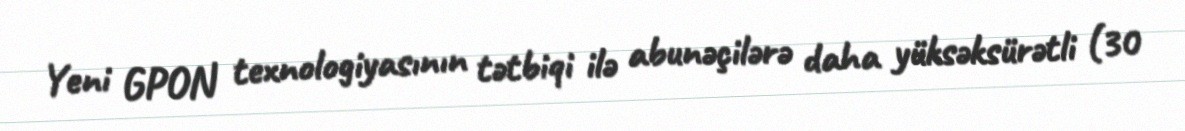
Yeni GPON texnologiyasının tətbiqi ilə abunəçilərə daha yüksəksürətli (30